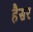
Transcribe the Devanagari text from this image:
हैसर